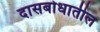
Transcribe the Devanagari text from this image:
दासबोधातील